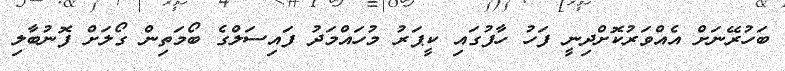
ބަހުރޭނަށް އެއްވަރުކޮށްދިނީ ފަހު ހާފުގައި ކީޕަރު މުހައްމަދު ފައިސަލްގެ ބޯމަތިން ގޯލަށް ފޮނުބާލި